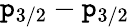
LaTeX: \mathtt{p}_{3/2}-\mathtt{p}_{3/2}